Indian journal of veterinary science and animal husbandry - Volume 4,
Year: 1934
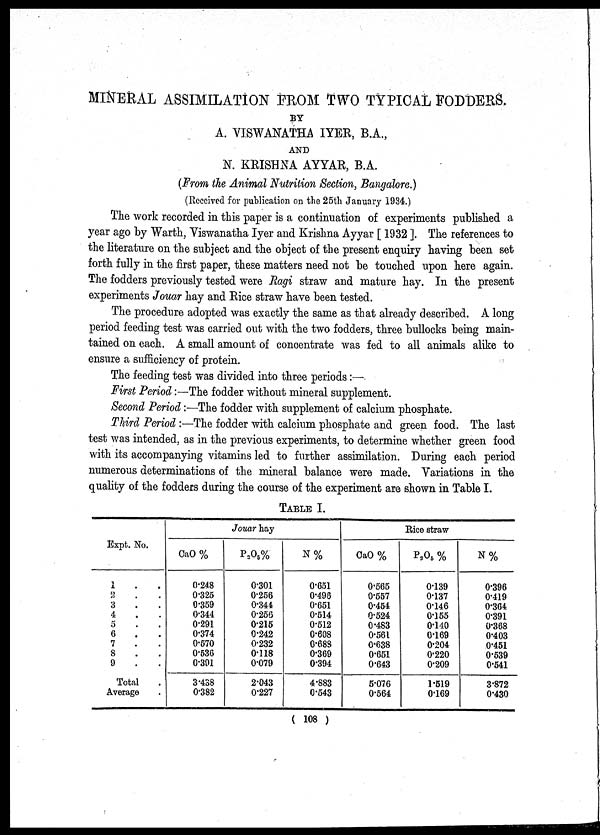
MINERAL ASSIMILATION FROM TWO TYPICAL FODDERS.
BY
A. VISWANATHA IYER, B.A.,
AND
N. KRISHNA AYYAR, B.A.
(From the Animal Nutrition Section, Bangalore.)
(Received for publication on the 25th January 1934.)
The work recorded in this paper is a continuation of experiments published a
year ago by Warth, Viswanatha Iyer and Krishna Ayyar [ 1932 ]. The references to
the literature on the subject and the object of the present enquiry having been set
forth fully in the first paper, these matters need not be touched upon here again.
The fodders previously tested were Ragi straw and mature hay. In the present
experiments Jouar hay and Rice straw have been tested.
The procedure adopted was exactly the same as that already described. A long
period feeding test was carried out with the two fodders, three bullocks being main-
tained on each. A small amount of concentrate was fed to all animals alike to
ensure a sufficiency of protein.
The feeding test was divided into three periods :—
First Period:—The fodder without mineral supplement.
Second Period:—The fodder with supplement of calcium phosphate.
Third Period:—The fodder with calcium phosphate and green food. The last
test was intended, as in the previous experiments, to determine whether green food
with its accompanying vitamins led to further assimilation. During each period
numerous determinations of the mineral balance were made. Variations in the
quality of the fodders during the course of the experiment are shown in Table I.
TABLE I.
Expt. No
1 . .
2 . .
3 . .
4 . .
5 . .
6 . .
7 . .
8 . .
9 . .
Total .
Average .
Jouar hay
CaO %
0.248
0.325
0.359
0.344
0.291
0.374
0.570
0.536
0.391
3.438
0.382
P 2 O 5 %
0.301
0.256
0.344
0.256
0.215
0.242
0.232
0.118
0.079
2.043
0.227
N%
0.651
0.496
0.651
0.514
0.512
0.608
0.688
0.369
0.394
4.883
0.543
Rice straw
CaO %
0.565
0.557
0.454
0.524
0.483
0.561
0.638
0.651
0.643
5.076
0.564
P 2 O 5 %
0.139
0.137
0.146
0.155
0.140
0.169
0.204
0.220
0.209
1.519
0.169
N%
0.396
0.419
0.364
0.391
0.368
0.403
0.451
0.539
0.541
3.872
0.430
( 108 )